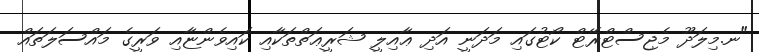
"ނ.މިލަދޫ މެޖިސްޓްރޭޓް ކޯޓުގައި މަދަނީ އަދި ޢާއިލީ ޝަރީޢަތްތަކާއި ކައިވެންޏާއި ވަރީގެ މައްސަލަތައް